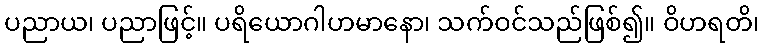
ပညာယ၊ ပညာဖြင့်။ ပရိယောဂါဟမာနော၊ သက်ဝင်သည်ဖြစ်၍။ ဝိဟရတိ၊